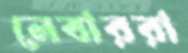
লেবাররা